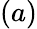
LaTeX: \left(a\right)